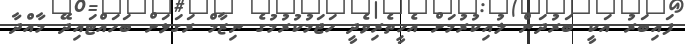
ފައިބަރު އަކީ ބަރުދަން ލުއިކުރުމަށް އެހީތެރިވެދީ ހަޖަމުކުރުމުގެ ނިޒާމް ރަގަޅަށް ބަހައްޓައިދޭ މާއްދާ